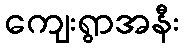
ကျေးရွာအနီး